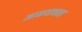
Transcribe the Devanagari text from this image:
ज्ञानयाचना